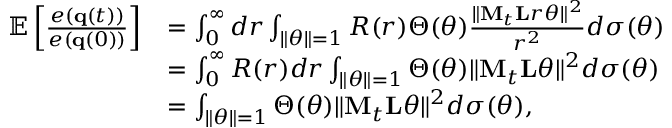
\begin{array} { r l } { \mathbb { E } \left[ \frac { e ( { \bf q } ( t ) ) } { e ( { \bf q } ( 0 ) ) } \right] } & { = \int _ { 0 } ^ { \infty } d r \int _ { \| \boldsymbol { \theta } \| = 1 } R ( r ) \Theta ( \boldsymbol { \theta } ) \frac { \| { \bf M } _ { t } { \bf L } r \boldsymbol { \theta } \| ^ { 2 } } { r ^ { 2 } } d \sigma ( \boldsymbol { \theta } ) } \\ & { = \int _ { 0 } ^ { \infty } R ( r ) d r \int _ { \| \boldsymbol { \theta } \| = 1 } \Theta ( \boldsymbol { \theta } ) \| { \bf M } _ { t } { \bf L } \boldsymbol { \theta } \| ^ { 2 } d \sigma ( \boldsymbol { \theta } ) } \\ & { = \int _ { \| \boldsymbol { \theta } \| = 1 } \Theta ( \boldsymbol { \theta } ) \| { \bf M } _ { t } { \bf L } \boldsymbol { \theta } \| ^ { 2 } d \sigma ( \boldsymbol { \theta } ) \mathrm { , } } \end{array}